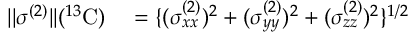
\begin{array} { r l } { | | \boldsymbol { \sigma } ^ { ( 2 ) } | | ( ^ { 1 3 } \mathrm { C } ) } & { { } = \{ ( \sigma _ { x x } ^ { ( 2 ) } ) ^ { 2 } + ( \sigma _ { y y } ^ { ( 2 ) } ) ^ { 2 } + ( \sigma _ { z z } ^ { ( 2 ) } ) ^ { 2 } \} ^ { 1 / 2 } } \end{array}